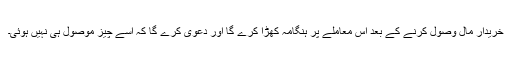
خریدار مال وصول کرنے کے بعد اس معاملے پر ہنگامہ کھڑا کرے گا اور دعویٰ کرے گا کہ اسے چیز موصول ہی نہیں ہوئی۔